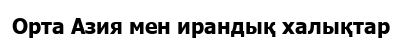
Орта Азия мен ирандық халықтар